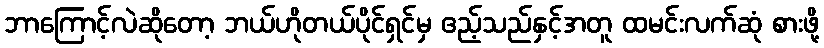
ဘာကြောင့်လဲဆိုတော့ ဘယ်ဟိုတယ်ပိုင်ရှင်မှ ဧည့်သည်နှင့်အတူ ထမင်းလက်ဆုံ စားဖို့